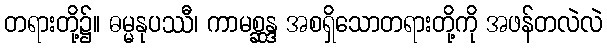
တရားတို့၌။ ဓမ္မနုပဿီ၊ ကာမစ္ဆန္ဒ အစရှိသောတရားတို့ကို အဖန်တလဲလဲ